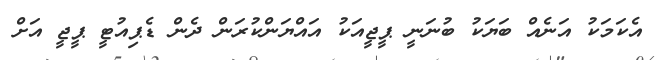
އެކަމަކު އަނެއް ބަޔަކު ބުނަނީ ޕީޖީއަކު އައްޔަންކުރަން ދެން ޑެޕިއުޓީ ޕީޖީ އަށް